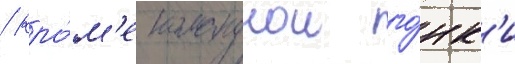
/ кро́м'е команднои го́нк'и